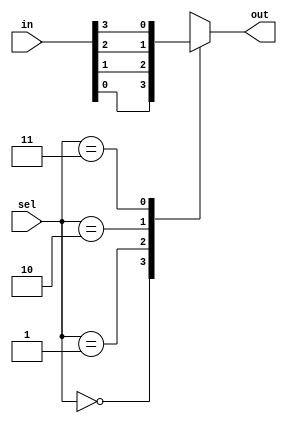
module mux_4to1 (
    input [3:0] in,
    input [1:0] sel,
    output reg out
);

always @* begin
    case(sel)
        2'b00: out = in[0];
        2'b01: out = in[1];
        2'b10: out = in[2];
        2'b11: out = in[3];
    endcase
end

endmodule